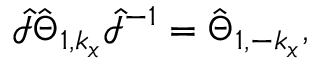
\hat { \mathcal { I } } \hat { \Theta } _ { 1 , k _ { x } } \hat { \mathcal { I } } ^ { - 1 } = \hat { \Theta } _ { 1 , - k _ { x } } ,